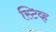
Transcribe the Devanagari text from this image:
स्टिव्ह